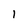
Character: l